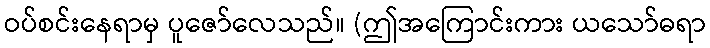
ဝပ်စင်းနေရာမှ ပူဇော်လေသည်။ (ဤအကြောင်းကား ယသော်ဓရာ